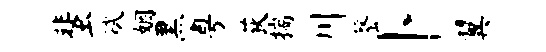
蜚斌姻黑粤荻揣川罄卜翼